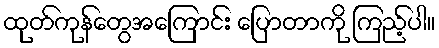
ထုတ်ကုန်တွေအကြောင်း ပြောတာကို ကြည့်ပါ။